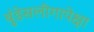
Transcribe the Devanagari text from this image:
बुंडेसलीगापेक्षा